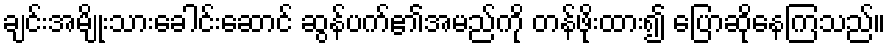
ချင်းအမျိုးသားခေါင်းဆောင် ဆွန်ပက်၏အမည်ကို တန်ဖိုးထား၍ ပြောဆိုနေကြသည်။